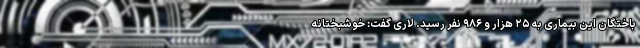
باختگان این بیماری به ۲۵ هزار و ۹۸۶ نفر رسید. لاری گفت: خوشبختانه